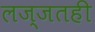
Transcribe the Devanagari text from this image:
लज्जतही